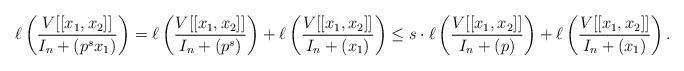
LaTeX: \begin{align*}\ell\left(\dfrac{V[[x_1, x_2]]}{I_n+(p^sx_1)}\right)= \ell\left(\dfrac{V[[x_1, x_2]]}{I_n+(p^s)}\right)+\ell\left(\dfrac{V[[x_1, x_2]]}{I_n+(x_1)}\right) \leq s \cdot \ell\left(\dfrac{V[[x_1, x_2]]}{I_n+(p)}\right)+\ell\left(\dfrac{V[[x_1, x_2]]}{I_n+(x_1)}\right).\end{align*}